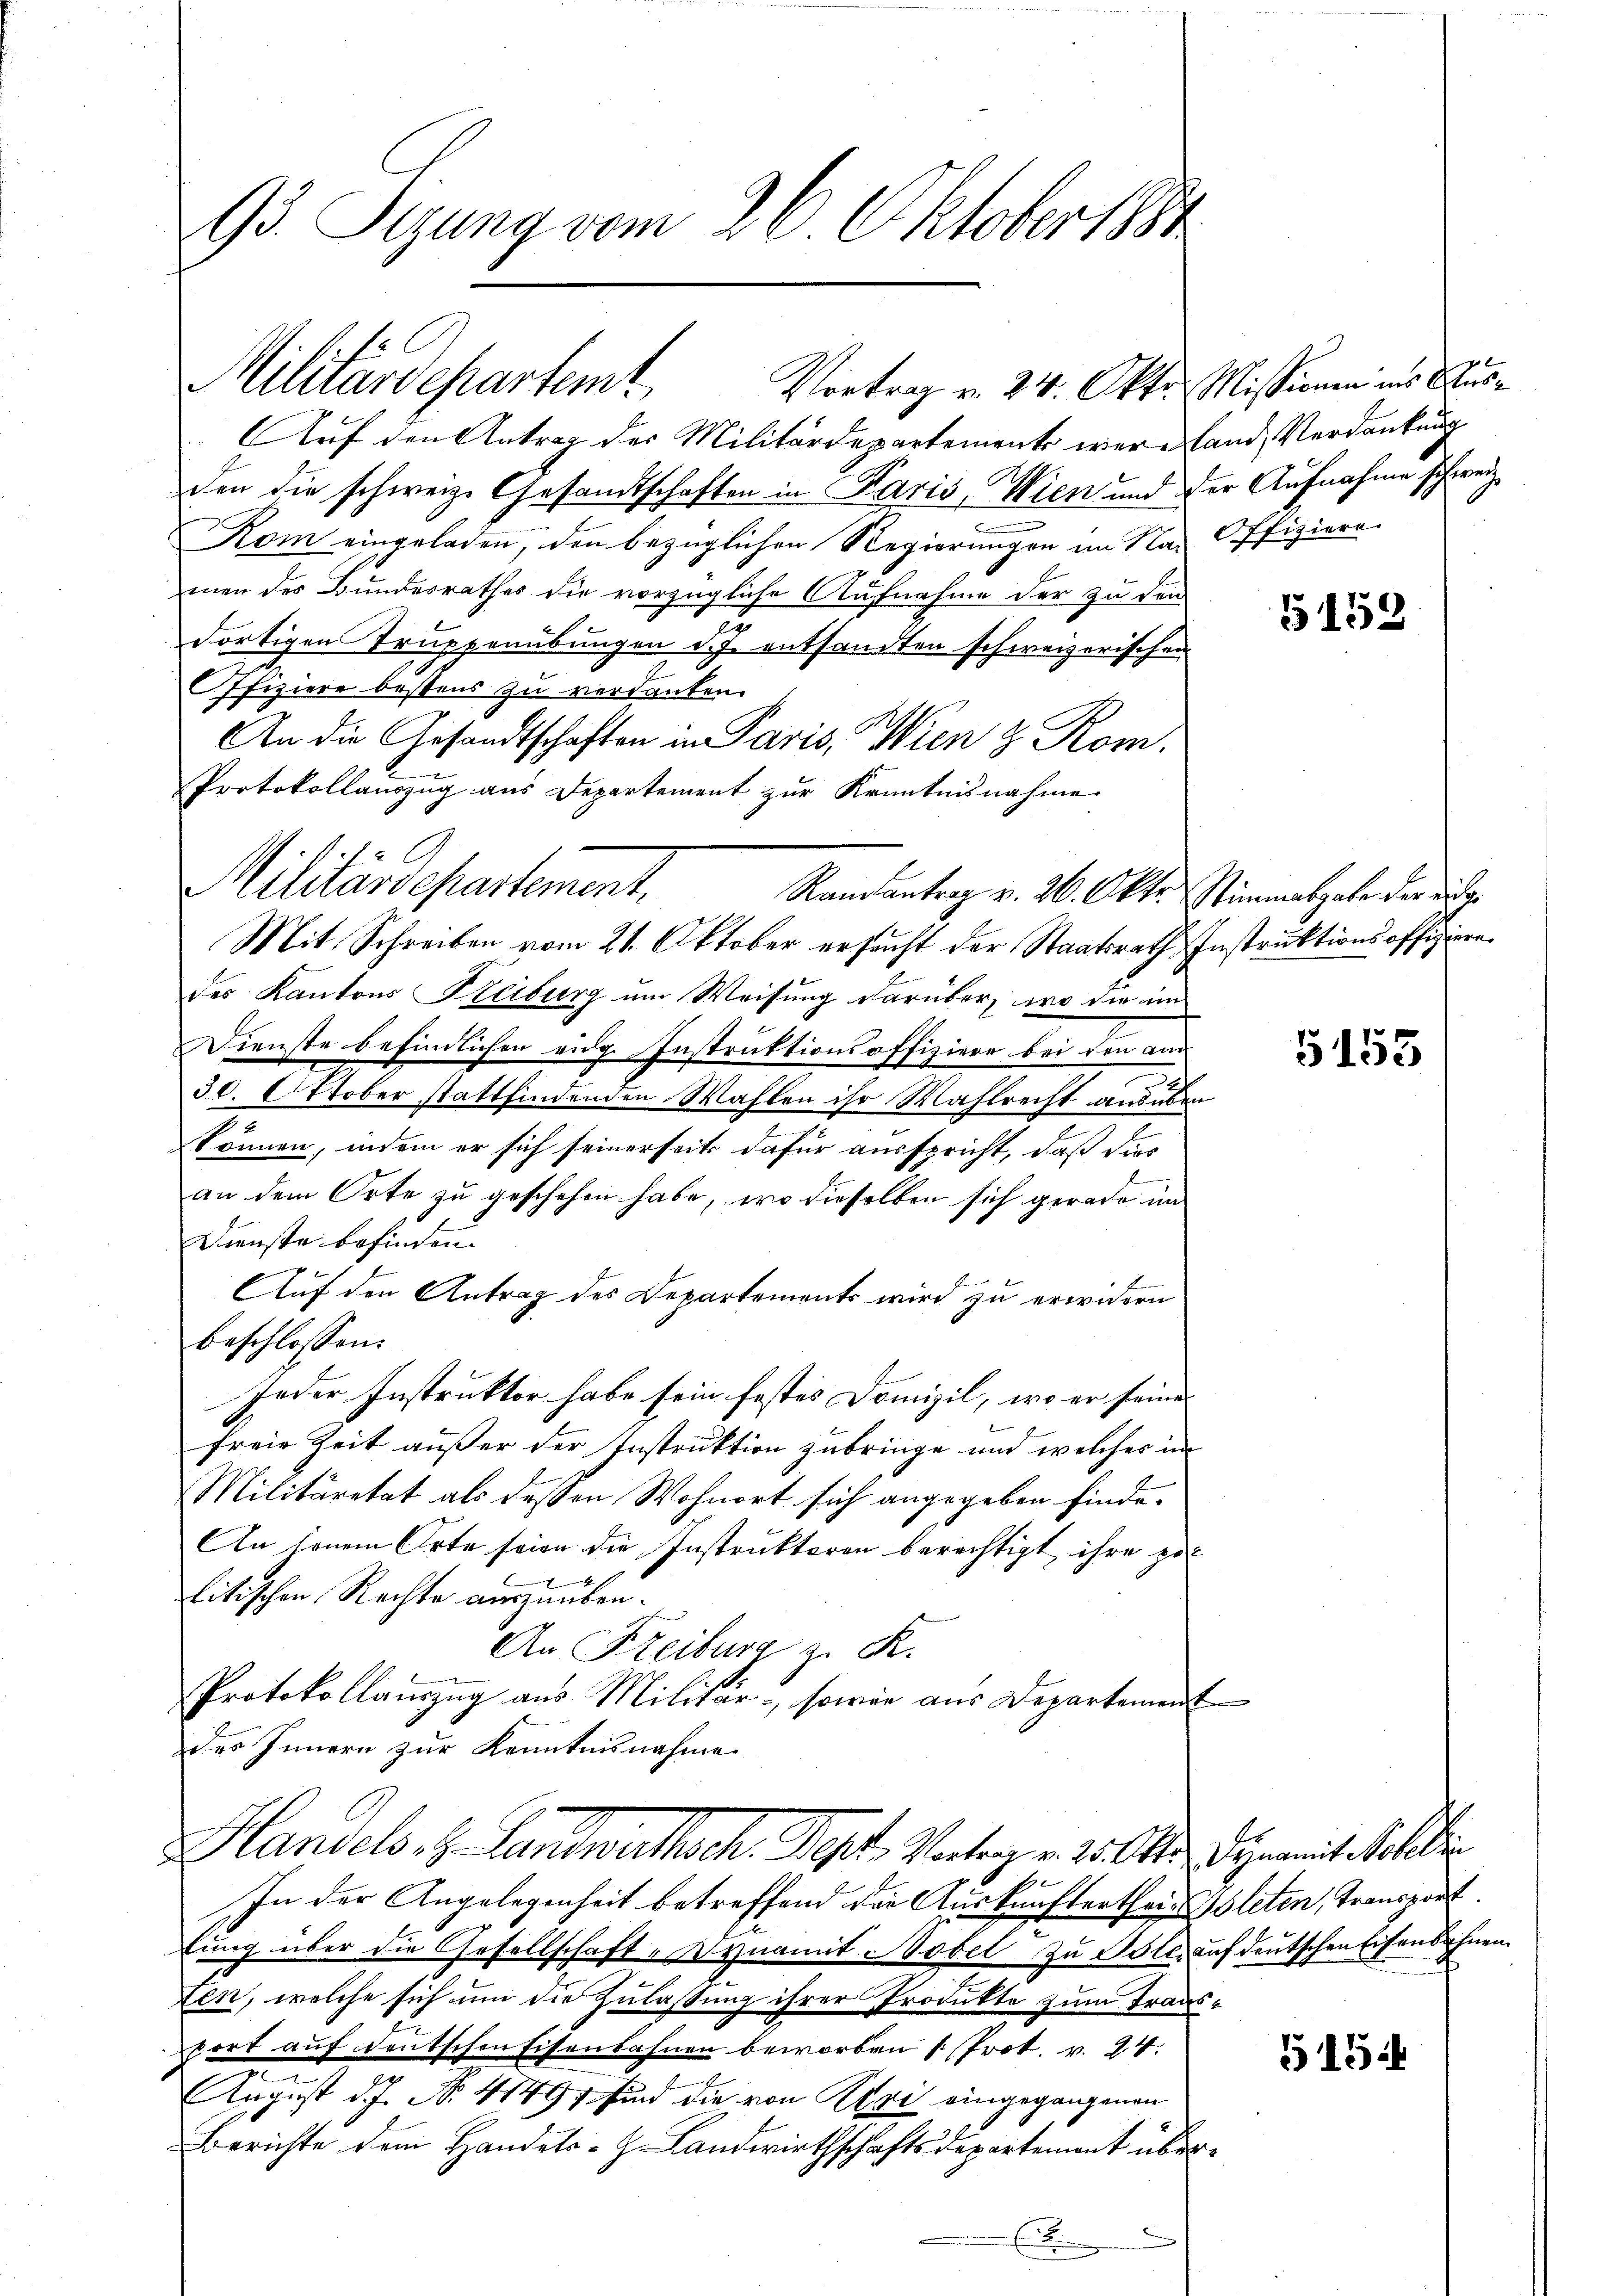
95. Sizung vom 26. Oktober 1884

Militärdepartem
Vortrag v. 24. Okt.

C.
Militärdepartement.

Auf den Antrag des Militärdepartement wer Land, Verdankung
den die schweiz. Gesandtschaften in Paris, Wien und der Aufnahme schweiz.
Kom eingeladen, den bezüglichen Regierungen im Na- Offiziere
men des Bundesrathes die vorzügliche Aufnahme der zu den
dortigen Truppenübungen d. J. entsandten schweizerischen
Offiziere bestens zu verdanken.
An die Gesandtschaften in Paris, Wien & Rom.
Protokollauszug aus Departement zur Kenntnisnahme
Randsantrag v. 26. Okt. Stimmatgabe der auge
Mit Schreiben vom 21. Oktober ersucht der Staatsrath Instruktions offiziere
des Kantons Kreiburg um Weisung darüber, wo die in
Dienste befindlichen eidg. Instruktionsoffiziere bei den am
.
30. Oktober stattfindenden Wahlen ihr Wahlrecht andeben
können, indem er sich seinerseits dafür ausspricht, daß dies
l
an dem Orte zu geschehen habe, wo dieselben sich gerade und
Dienste befinden.
Auf den Antrag des Departements wird zu erwidern
beschlossen:
Jeder Instruktor habe sein festes Domizil, wo er seine
u
freie Zeit außer der Instruktion zubringe und welches in
Militäretat als dessen Wohnort sich angegeben finde.
An jenem Orte seien die Instruktoren berechtigt ihre zur
x
litischen Rechte auszuüben.
An Freiburg z. K.
Protokollauszug aus Militär- sowie aus Departement
des Innern zur Kenntnisnahme
Handels, z. Landwirthsch. Sept, Vortrag v. 2. Okt. Dynamit Soller
In der Angelegenheit betreffend die Auskunfterthei- Isleten, Transport
lung über die Gesellschaft- Dynamit Tobel zu Oster auf deutschen Eisenbahnen
ten, welche sich um die Zulassung ihrer Produkte zum Transport auf deutschen Eisenbahnen beworben (Prot. v. 24.
n
August d. J. N. 41491 sind die von Revi eingegangenen
Berichte dem Handels-G. Landwirthschaftsdepartemont über¬

Missionen ins Aus¬

5152

5153

515